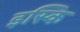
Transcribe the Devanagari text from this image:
इस्कि